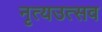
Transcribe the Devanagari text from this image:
नृत्यउत्सव